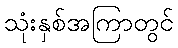
သုံးနှစ်အကြာတွင်